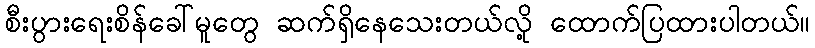
စီးပွားရေးစိန်ခေါ်မူတွေ ဆက်ရှိနေသေးတယ်လို့ ထောက်ပြထားပါတယ်။